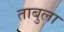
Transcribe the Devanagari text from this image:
ताबुला